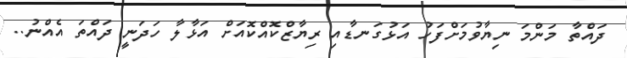
ދައްތާ މަންމަ ނިޔާވުމަށްފަހު އަޅުގަނޑާއި ރިޔާޒްކޮއްކޮއަށް އަޅާލާ ހަދަނީ ދައްތަ އެއްނު..